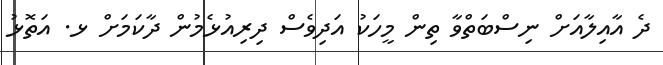
ދެ އާއިލާއަށް ނިސްބަތްވާ ތިން މީހަކު އަދިވެސް ދިރިއުޅެމުން ދާކަމަށް ޅ. އަތޮޅު